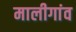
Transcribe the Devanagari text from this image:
मालीगांव